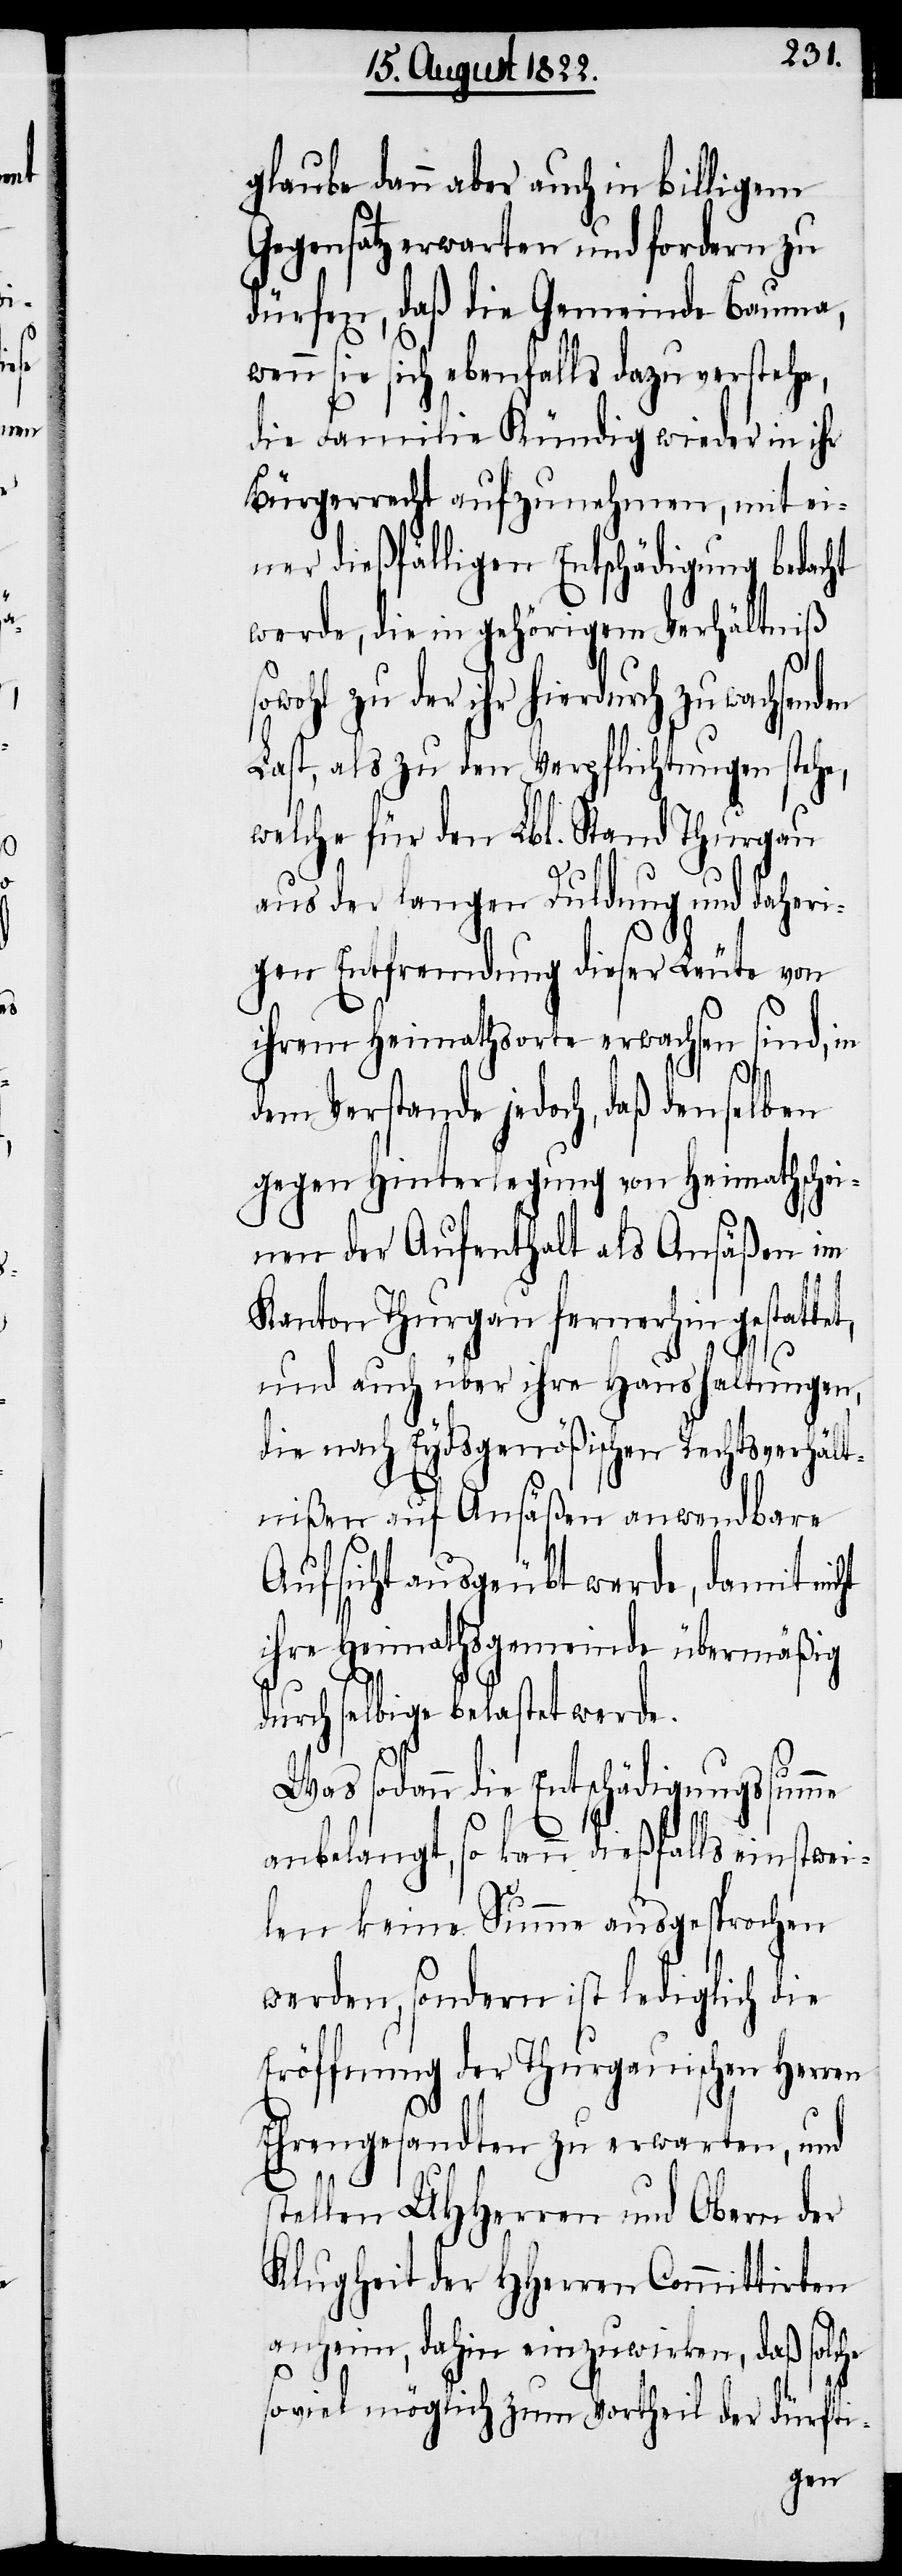
glaube dann aber auch in billigem
Gegensatz erwarten und fordern zu
dürfen, daß die Gemeinde Bauma,
wenn sie sich ebenfalls dazu verstehe,
die Familie Kündig wieder in ihr
Bürgerrecht aufzunehmen, mit ei¬
ner dießfälligen Entschädigung bedacht
werde, die in gehörigem Verhältniß
sowohl zu der ihr hierdurch zu wachsen¬
Last, als zu den Verpflichtungen stehe,
welche für den Lbl. Stand Thurgau
aus der langen Duldung und daheri¬
gen Entfremdung dieser Leute von
ihrem Heimathsorte erwachsen sind, in
he
dem Verstande jedoch, daß denselben
gegen Hinterlegung von Heimathschei¬
nen der Aufenthalt als Ansäßen im
Kanton Thurgau fernerhin gestattet,
und auch über ihre Haushaltungen,
die nach Eydsgenößischen Rechtsverhält¬
nißen auf Ansäßen anwendbare
Aufsicht ausgeübt werde, damit
ihre Heimathsgemeinde übermäßig
durch selbige belastet werde.
Was sodann die Entschädigungssumme
anbelangt, so kann dießfalls einstwei¬
len keine Summe ausgesprochen
werden, sondern ist lediglich die
Eröffnung der Thurgauischen Herren
Ehrengesandten zu erwarten, und
stellen UHHerrn und Obern der
Klugheit der HHerren Committirten
anheim, dahin einzuwirken, daß solc¬
soviel möglich zum Vortheil der dürfti-
den